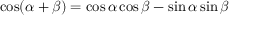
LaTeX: \cos ( \alpha + \beta ) = \cos \alpha \cos \beta - \sin \alpha \sin \beta